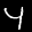
Label: 4